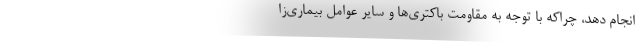
انجام دهد، چراکه با توجه به مقاومت باکتری‌ها و سایر عوامل بیماری‌زا